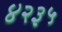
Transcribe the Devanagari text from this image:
४२३५